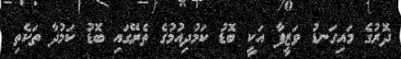
ދޮރުގެ މައިގަނޑު ވަޒީފާ އަކީ ބޮޑު ކަމުދިއުމުގެ ތެރޭގައި ބޮޑު ކަމުދާ ތަކެތި